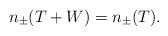
LaTeX: \begin{align*} n_\pm(T+W) = n_\pm(T).\end{align*}